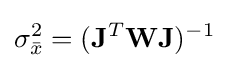
\sigma _{\bar {x}}^{2}=(\mathbf {J} ^{T}\mathbf {W} \mathbf {J} )^{-1}